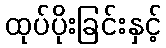
ထုပ်ပိုးခြင်းနှင့်